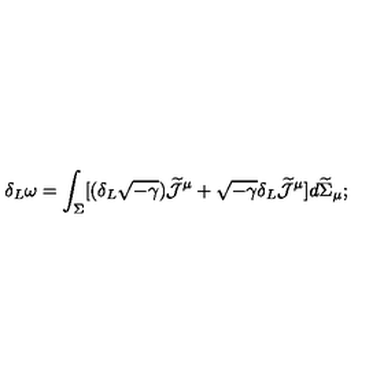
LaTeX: \delta _ { L } \omega = \int _ { \Sigma } [ ( \delta _ { L } \sqrt { - \gamma } ) \widetilde { \cal J } ^ { \mu } + \sqrt { - \gamma } \delta _ { L } \widetilde { \cal J } ^ { \mu } ] d \widetilde { \Sigma } _ { \mu } ;